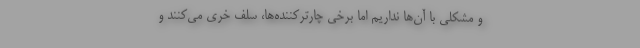
و مشکلی با آن‌ها نداریم اما برخی چارترکننده‌ها، سلف خری می‌کنند و